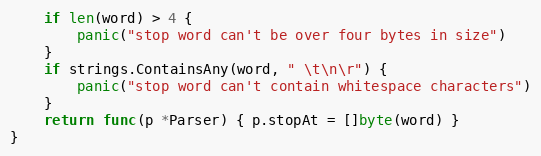
Language: Go
	if len(word) > 4 {
		panic("stop word can't be over four bytes in size")
	}
	if strings.ContainsAny(word, " \t\n\r") {
		panic("stop word can't contain whitespace characters")
	}
	return func(p *Parser) { p.stopAt = []byte(word) }
}